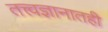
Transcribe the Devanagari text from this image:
तत्त्वज्ञानातही